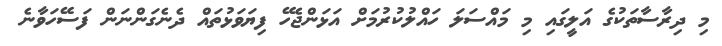
މި ދިރާސާތަކުގެ އަލީގައި މި މައްސަލަ ހައްލުކުރުމަށް އަޅަންޖެހޭ ފިޔަވަޅުތައް ދެނެގަންނަން ފަސޭހަވާނެ